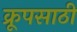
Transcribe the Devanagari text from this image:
क्रूपसाठी